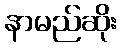
နာမည်ဆိုး